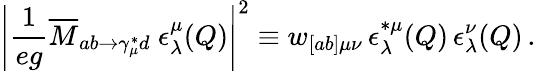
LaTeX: \left|\frac{1}{eg}\overline{{{M}}}_{ab\rightarrow\gamma_{\mu}^{*}d}\ \epsilon_{\lambda}^{\mu}(Q)\right|^{2}\equiv w_{[ab]\mu\nu}\, \epsilon_{\lambda}^{*\mu}(Q)\, \epsilon_{\lambda}^{\nu}(Q)\, .